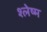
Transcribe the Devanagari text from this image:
श्‍लेष्‍म